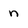
Character: n